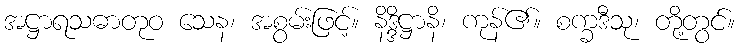
အဋ္ဌာရသဓာတုဝ သေန၊ အစွမ်းဖြင့်။ နိဒ္ဒိဋ္ဌာနိ၊ ကုန်၏။ စက္ခဒီသု၊ တို့တွင်။